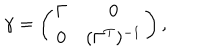
LaTeX: \gamma = \left( \begin{array} { c c } { { \Gamma } } & { { 0 } } \\ { { 0 } } & { { ( \Gamma ^ { T } ) ^ { - 1 } } } \\ \end{array} \right) ,